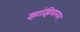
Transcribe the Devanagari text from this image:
झांझिबारवर